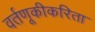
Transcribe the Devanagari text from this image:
वर्तणूकीकरिता